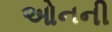
ઓનની